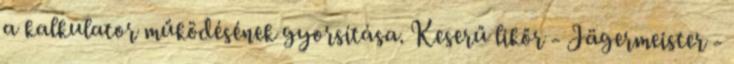
a kalkulator működésének gyorsítása. Keserű likőr - Jägermeister -